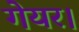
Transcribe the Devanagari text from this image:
गेयर।